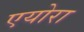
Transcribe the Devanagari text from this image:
एयोरा